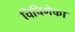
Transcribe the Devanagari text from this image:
चिचिमेका